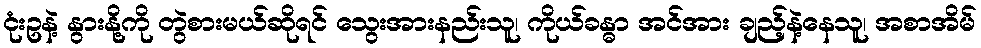
ငုံးဥနဲ့ နွားနို့ကို တွဲစားမယ်ဆိုရင် သွေးအားနည်းသူ၊ ကိုယ်ခန္ဓာ အင်အား ချည့်နဲ့နေသူ၊ အစာအိမ်